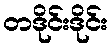
တဒိုင်းဒိုင်း